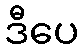
ဒီပေ